Newspaper: The daily intelligencer. [volume]
Place of publication: Seattle, Wash. Territory [i.e. Wash.]
Publisher: David Higgins
Date: 1880-03-05 00:00:00
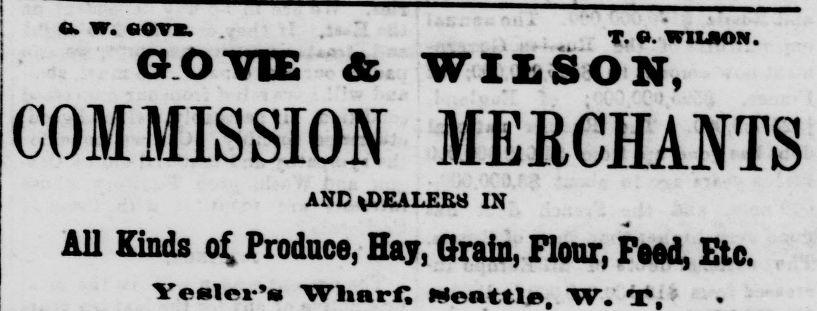
Advertisement text (OCR):
w * T. •. VIUON. GOTO ft WILSON, COMMISSION MERCHANTS AND IN All Kinds Produce, Hay, Qrain, Flour, Fsed, Etc. Veslei's Wharf, Meattle, W. T,
Label: text-only